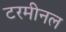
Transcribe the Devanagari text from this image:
टरमीनल